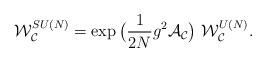
\begin{align*}{\cal W}_{{\cal C}}^{SU(N)}=\exp \big( \frac{1}{2 N} g^2 {\cal A}_{{\cal C}} \big)~{\cal W}_{{\cal C}}^{U(N)}.\end{align*}